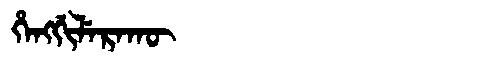
Manchu: ᡥᡝᠩᡤᡳᠯᡝᡵᠠᡴᡡ
Romanization: HENGGILERAKŪ